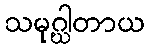
သမုဂ္ဃါတာယ